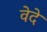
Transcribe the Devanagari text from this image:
वेदे